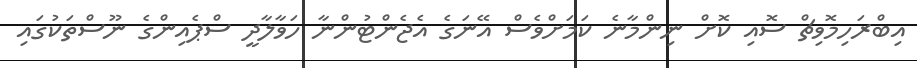
އިބްރަހިމޮވިޗް ސޮއި ކޮށް ނިންމާނެ ކަމަށްވެސް އޭނަގެ އެޖެންޓުންނާ ހަވާލާދީ ސްޕެެއިންގެ ނޫސްތަކުގައި